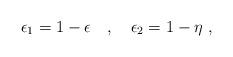
LaTeX: \begin{align*}\epsilon_1 = 1 - \epsilon ~~~ , ~~~ \epsilon_2 = 1 - \eta ~ ,\end{align*}